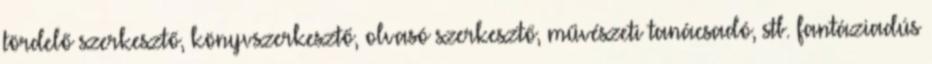
tördelő szerkesztő, könyvszerkesztő, olvasó szerkesztő, művészeti tanácsadó, stb. fantáziadús